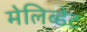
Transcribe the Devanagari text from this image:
मेलिब्डेट